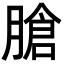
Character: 𦞛